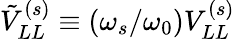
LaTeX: \tilde{V}_{LL}^{(s)}\equiv(\omega_{s}/\omega_{0})V_{LL}^{(s)}